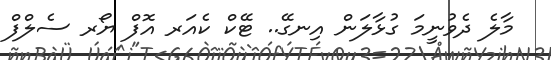
މާލެ ދެވުނީމަ ގުޅާލަން އިނގޭ.. ޓޭކް ކެއަރ އޮފް ޔޯރ ސެލްފް